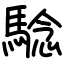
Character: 騐